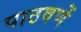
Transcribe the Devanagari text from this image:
पाठवणें